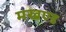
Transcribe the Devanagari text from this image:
मखण्ड